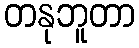
တနုဘူတာ